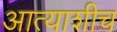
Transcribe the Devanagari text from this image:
आत्याशीच